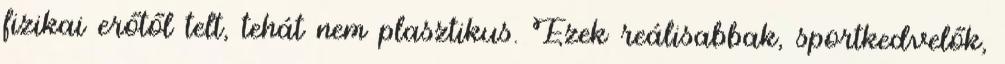
fizikai erőtől telt, tehát nem plasztikus. Ezek reálisabbak, sportkedvelők,